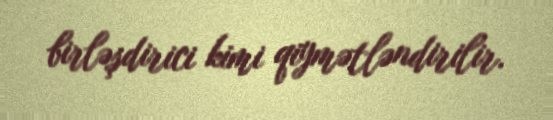
birləşdirici kimi qiymətləndirilir.